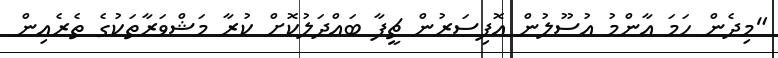
"މިދެން ހަމަ އާންމު އުސޫލުން އޮފިސަރުން ޗީފާ ބައްދަލުކޮށް ކުރާ މަޝްވަރާތަކުގެ ތެރެއިން